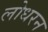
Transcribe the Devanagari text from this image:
लोधरन